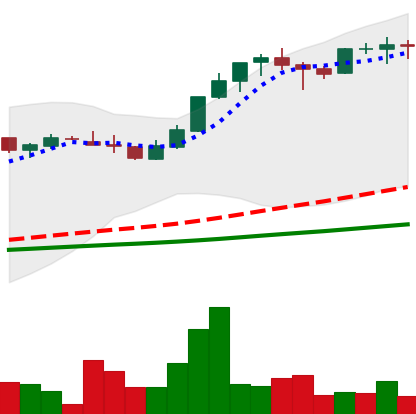
Ticker: LTC-USD
Chart end date: 2017-05-02
Forward return: 90.57%
Label: up_7plus